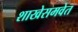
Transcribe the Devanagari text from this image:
शाखेसमवेत